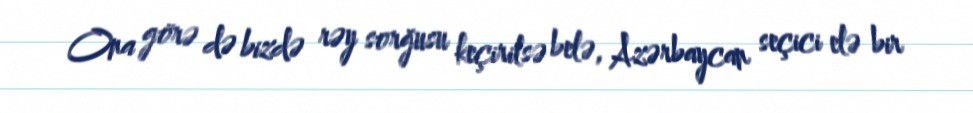
Ona görə də bizdə rəy sorğusu keçirilsə belə, Azərbaycan seçici elə bir